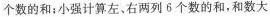
个数的和；小强计算左、右两列6个数的和，和数大